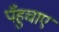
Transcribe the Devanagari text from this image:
पँहुचाए